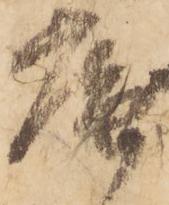
庵